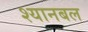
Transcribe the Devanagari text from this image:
श्यानबल